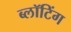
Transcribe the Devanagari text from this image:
ब्लॉटिंग